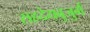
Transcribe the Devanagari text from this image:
सहदेयबुजुर्ग